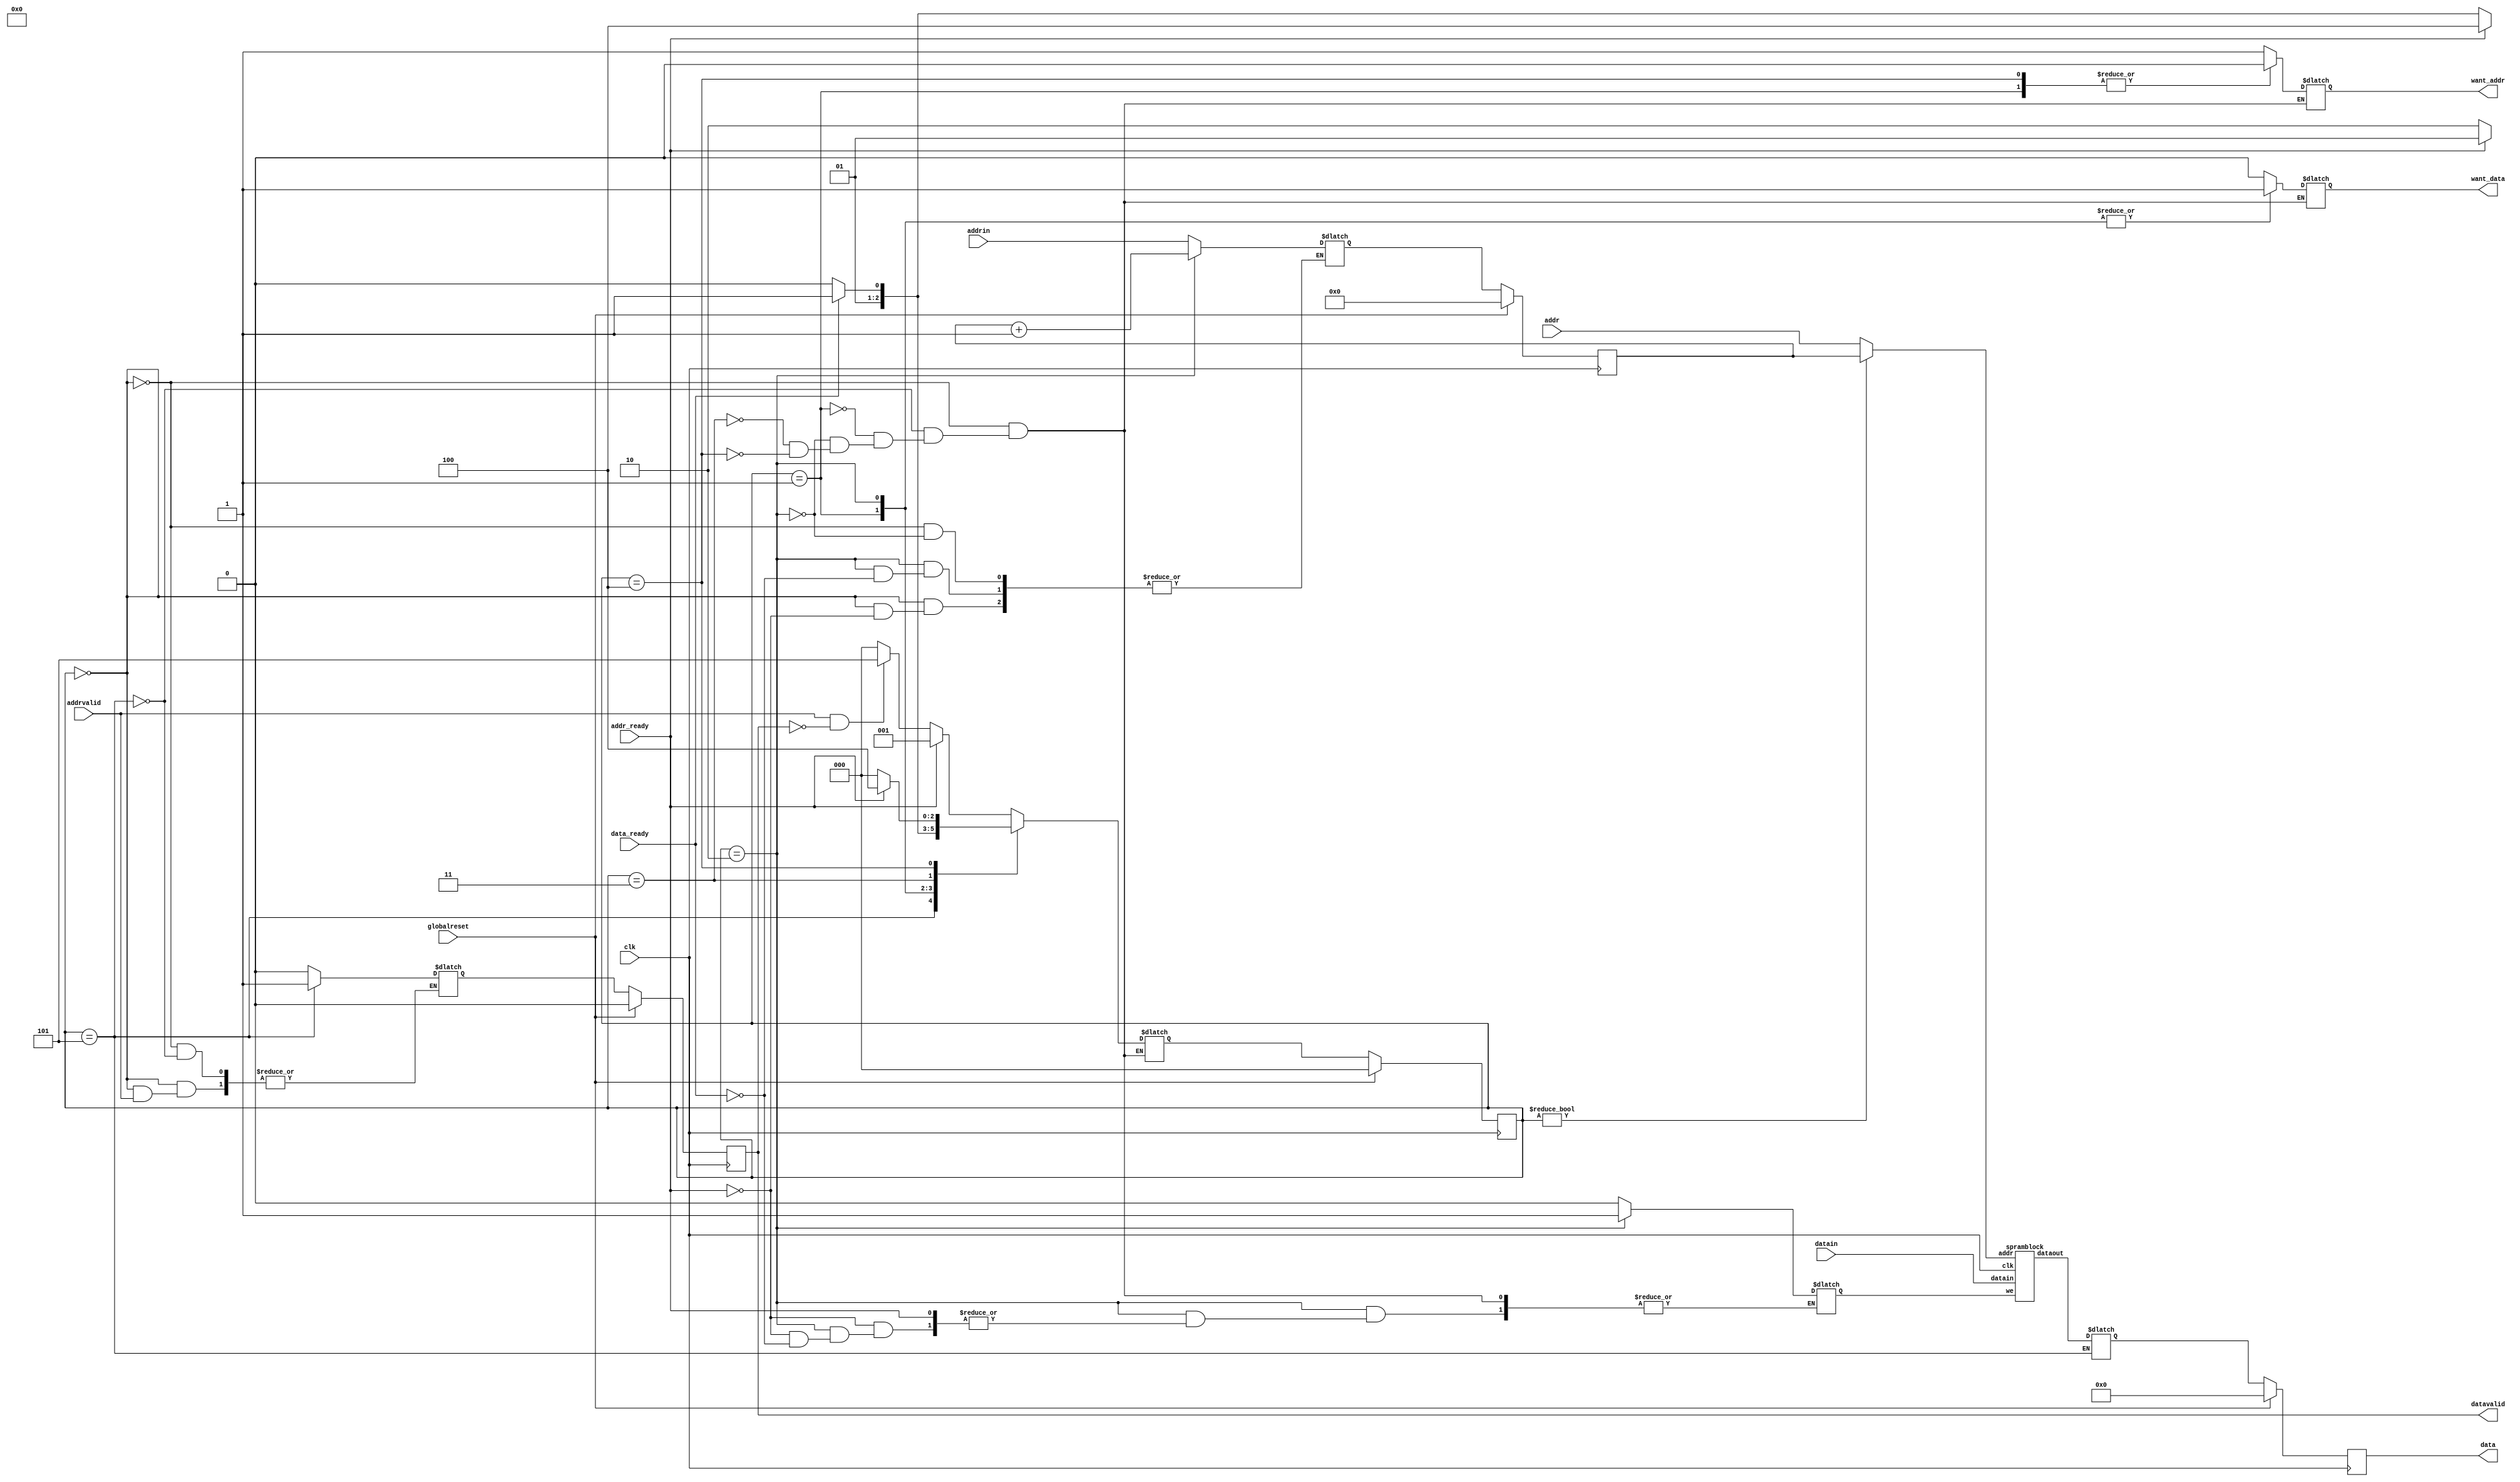
`define SIMULATION_MEMORY

 module vblockramcontroller (want_addr, addr_ready, addrin, want_data, data_ready, datain, addr, addrvalid, data, datavalid, globalreset, clk);


    output want_addr; 
    reg want_addr;
    input addr_ready; 
    input[10 - 1:0] addrin; 
    output want_data; 
    reg want_data;
    input data_ready; 
    input[32 - 1:0] datain; 

    input[10 - 1:0] addr; 
    input addrvalid; 
    output[32 - 1:0] data; 
    reg[32 - 1:0] data;
    output datavalid; 
    reg datavalid;
    input globalreset; 
    input clk; 

    reg[2:0] state; 
    reg[2:0] next_state; 
    reg[10 - 1:0] waddr; 
    wire[10 - 1:0] saddr; 
    wire[32 - 1:0] dataout; 
    reg we; 
reg		[32 - 1:0]temp_data; 
reg     [10 - 1:0]temp_waddr ; 
reg     temp_datavalid;

    assign saddr = (state != 0) ? waddr : addr ;

    spramblock ramblock(we, saddr, datain, dataout, clk); 

    always @(posedge clk)
    begin
       if (globalreset == 1'b1)
       begin
          state <= 0 ; 
          waddr <= 0;
          data <= 0;
          datavalid <= 1'b0 ; 
       end
       else

       begin
          state <= next_state ; 
		data <= temp_data; 
       waddr <= temp_waddr ; 
       datavalid <= temp_datavalid;
       end 
    end 

    always @(state or addr_ready or data_ready or addrvalid or datavalid)

    begin
       case (state)
          0 :
                   begin
				       we = 1'b0 ; 
				       want_addr = 1'b1 ; 
				       want_data = 1'b0 ; 
                      if (addr_ready == 1'b1)
                      begin
                         next_state = 1 ; 
                      end

                      else if (addrvalid == 1'b1 & datavalid == 1'b0)
                      begin
                         next_state = 5 ; 
                      end
                      else
                      begin
                         next_state = 0 ; 
                      end 
          if (addr_ready == 1'b1)
                         begin
                            temp_waddr = addrin ; 
                         end 
                         if (addrvalid == 1'b0)
                         begin
                            temp_datavalid = 1'b0 ; 

                         end 

                   end
          5 :
                   begin
				       we = 1'b0 ; 
				       want_addr = 1'b1 ; 
				       want_data = 1'b0 ; 
                      next_state = 0 ; 

					temp_data = dataout ; 

                         temp_datavalid = 1'b1 ; 

                   end
          1 :
                   begin
				       we = 1'b0 ; 
                      want_addr = 1'b0 ; 
                      want_data = 1'b1 ; 
                      if (addr_ready == 1'b1)
                      begin
                         next_state = 1 ; 
                      end
                      else
                      begin
                         next_state = 2 ; 

                      end 
                   end
          2 :
                   begin
				       want_addr = 1'b1 ; 
                      want_data = 1'b1 ; 
                      if (addr_ready == 1'b1)
                      begin
                         next_state = 4 ; 
                      end
                      else if (data_ready == 1'b1)
                      begin
                         we = 1'b1 ; 

                         next_state = 3 ; 
                      end
                      else
                      begin
                         next_state = 2 ; 
                      end 
                         if (data_ready == 1'b1)
                         begin
                            temp_waddr = waddr + 1 ; 
                         end 

                   end
          3 :
                   begin
				       we = 1'b0 ; 
				       want_addr = 1'b1 ; 
				       want_data = 1'b0 ; 
                      if (data_ready == 1'b1)
                      begin
                         next_state = 3 ; 

                      end
                      else
                      begin
                         next_state = 2 ; 
                      end 
                   end
          4 :
                   begin
				       we = 1'b0 ; 
				       want_data = 1'b0 ; 
                      want_addr = 1'b0 ; 
                      if (addr_ready == 1'b1)
                      begin
                         next_state = 4 ; 

                      end
                      else
                      begin
                         next_state = 0 ; 
                      end 
                   end
       endcase 
    end 
 endmodule
 module spramblock (we, addr, datain, dataout, clk);

    input we; 
    input[10 - 1:0] addr; 
    input[32 - 1:0] datain; 
    output[32 - 1:0] dataout; 
    wire[32 - 1:0] dataout;
    input clk; 



defparam new_ram.ADDR_WIDTH = 10;
defparam new_ram.DATA_WIDTH = 32;
single_port_ram new_ram(
  .clk (clk),
  .we(we),
  .data(datain),
  .out(dataout),
  .addr(addr)
  );
  
  
 endmodule
module single_port_ram(
clk,
addr,
data,
we,
out
);

parameter DATA_WIDTH = 256;
parameter ADDR_WIDTH = 10;
input clk;
input [ADDR_WIDTH-1:0] addr;
input [DATA_WIDTH-1:0] data;
input we;
output reg [DATA_WIDTH-1:0] out;

reg [DATA_WIDTH-1:0] ram[ADDR_WIDTH-1:0];

always @(posedge clk) begin
  if (we) begin
    ram[addr] <= data;
  end
  else begin
    out <= ram[addr];
  end
end

endmodule